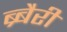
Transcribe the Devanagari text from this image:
ब्र्बैरी